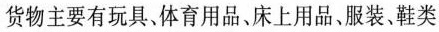
货物主要有玩具、体育用品、床上用品、服装。鞋类